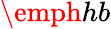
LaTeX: \emph{hb}